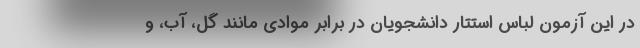
در این آزمون لباس استتار دانشجویان در برابر موادی مانند گل، آب، و